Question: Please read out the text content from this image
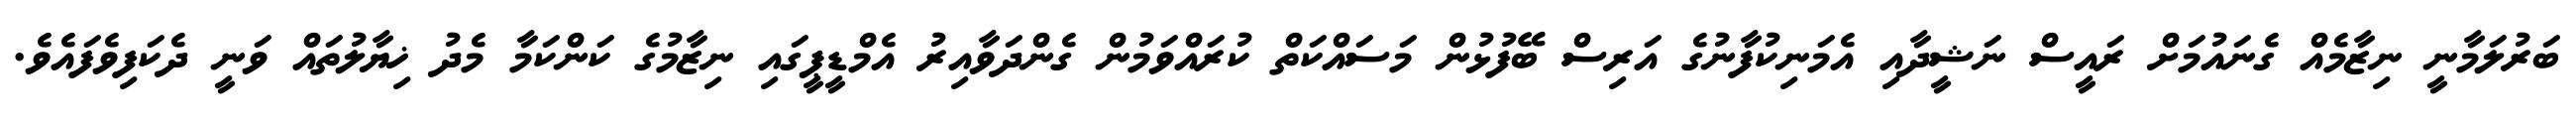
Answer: ބަރުލަމާނީ ނިޒާމެއް ގެނައުމަށް ރައީސް ނަޝީދާއި އެމަނިކުފާނުގެ އަރިސް ބޭފުޅުން މަސައްކަތް ކުރައްވަމުން ގެންދަވާއިރު އެމްޑީޕީގައި ނިޒާމުގެ ކަންކަމާ މެދު ޚިޔާލުތައް ވަނީ ދެކަފިވެފައެވެ.